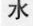
水